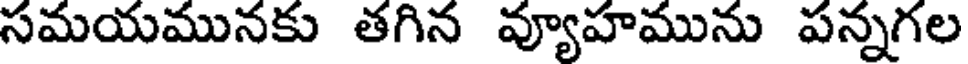
సమయమునకు తగిన వ్యూహమును పన్నగల